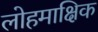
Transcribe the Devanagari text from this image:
लोहमाक्षिक